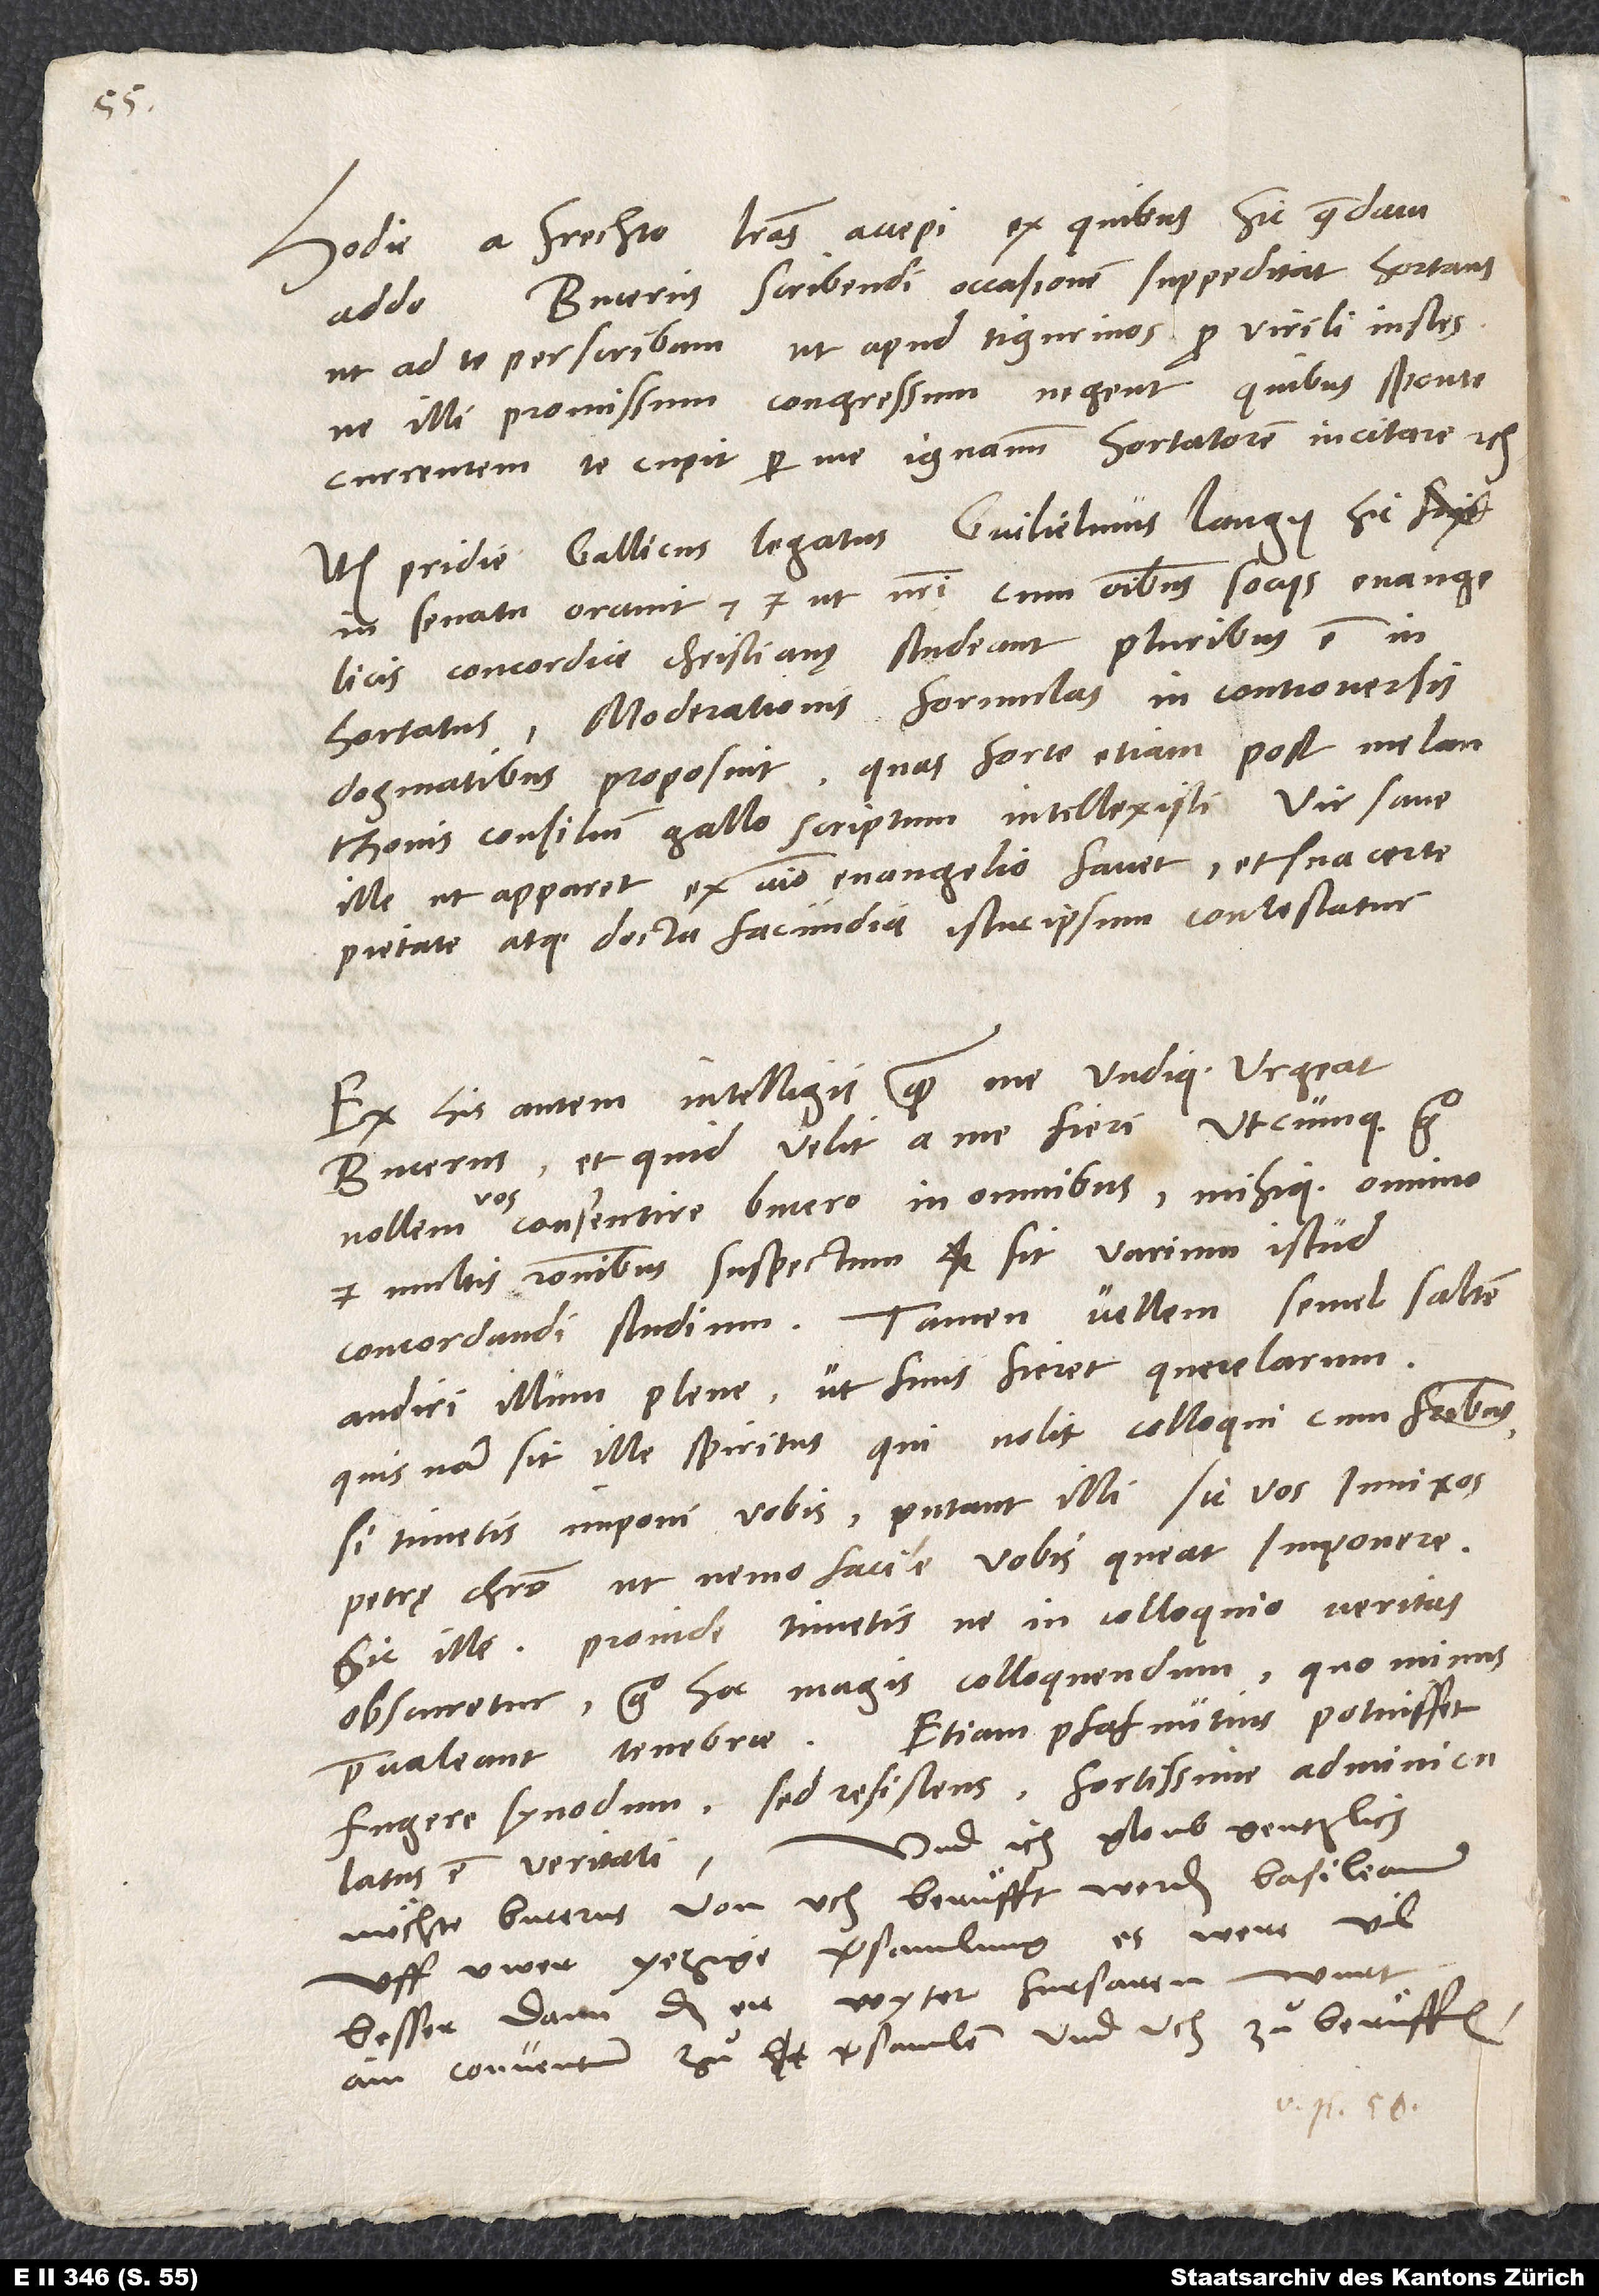
Hodie a Frechto literas accepi, ex quibus hic quaedam
addo: "Bucerus scribendi occasionem suppeditat hortans,
ut ad te perscribam, ut apud Tigurinos pro virili instes,
ne illi promissum congressum negent, quibus sponte
currentem te cupit per me ignavum hortatorem incitare" etc.
Item: "Pridie Gallicus legatus, Guilielmus Langy, hic
in senatu oravit et, ut nostri cum omnibus sociis evangelicis
concordiae christianę studeant, pluribus est
inhortatus. Moderationis formulas in controversis
dogmatibus proposuit, quas forte etiam post Melanthonis
consilium Gallo scriptum intellexisti. Vir sane
ille, ut apparet, ex animo evangelio favet et sua certe
pietate atque docta facundia istuc ipsum contestatur."
Ex his autem intelligis, quam me undique urgeat
Bucerus et quid velit a me fieri. Utcumque ergo
consentire Bucero in omnibus mihique omnino
et multis rationibus suspectum sit varium istud
concordandi studium, tamen vellem semel saltem
audiri illum plene, ut finis fieret querelarum.
Quis nam sit ille spiritus, qui nolit colloqui cum fratribus?
Si timetis imponi vobis, putant illi sic vos innixos
petrę Christo, ut nemo facile vobis queat imponere.
Sic ille. Proinde timetis, ne in colloquio veritas
obscuretur; ergo hoc magis colloquendum, quo minus
praevaleant tenebrae. Etiam Pfafnutius potuisset
fugere synodum, sed resistens fortissime adminiculatus
Und ich gloub gentzlich,
est veritati.
möchte Bucerus von uch beruͤfft werden Basileam
uff uwer yezige versamlung, es were vil
besser, dann daß er wyter furfaren wurt,
ain conventum zuͦ versamlen und uch zuͦ beruͤffen.